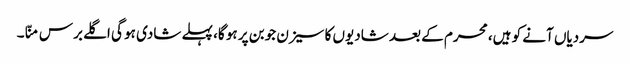
سردیاں آنے کو ہیں، محرم کے بعد شادیوں کا سیزن جوبن پر ہو گا، پہلے شادی ہو گی اگلے برس منّا۔